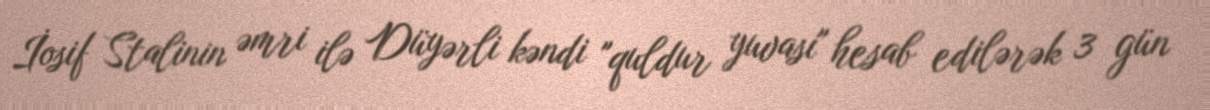
İosif Stalinin əmri ilə Düyərli kəndi "quldur yuvası" hesab edilərək 3 gün